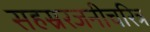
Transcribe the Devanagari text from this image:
सहस्ररजनीचरित्र